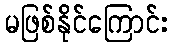
မဖြစ်နိုင်ကြောင်း